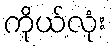
ကိုယ်လုံး